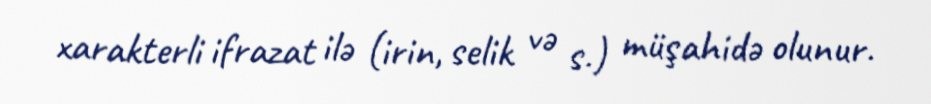
xarakterli ifrazat ilə (irin, selik və s.) müşahidə olunur.